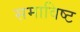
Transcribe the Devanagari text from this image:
समाविष्‍ट